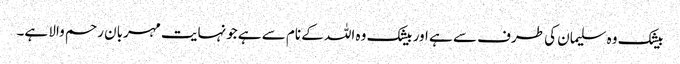
بیشک وہ سلیمان کی طرف سے ہے اور بیشک وہ اللہ کے نام سے ہے جونہایت مہربان رحم والا ہے۔